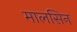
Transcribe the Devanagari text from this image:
मालसिन